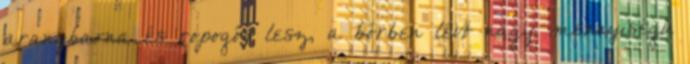
aranybarna és ropogós lesz, a bőrben lévő nagy mennyiségű